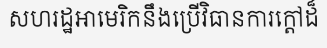
សហរដ្ឋអាមេរិកនឹងប្រើវិធានការក្តៅដ៏